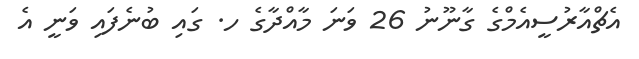
އެޗްއާރުސީއެމްގެ ގާނޫނު 26 ވަނަ މާއްދާގެ ހ. ގައި ބުނެފައި ވަނީ އެ